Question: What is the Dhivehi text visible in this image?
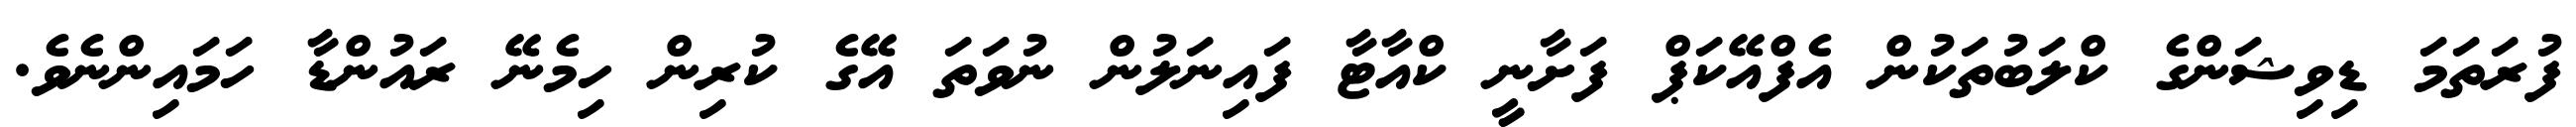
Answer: ފުރަތަމަ ޑިވިޝަންގެ ކްލަބުތަކުން އެފްއޭކަޕް ފަށާނީ ކްއާޓާ ފައިނަލުން ނުވަތަ އޭގެ ކުރިން ހިމެނޭ ރައުންޑާ ހަމައިންނެވެ.